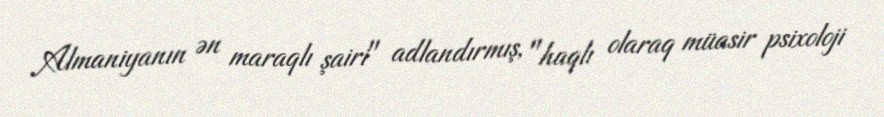
Almaniyanın ən maraqlı şairi" adlandırmış, "haqlı olaraq müasir psixoloji